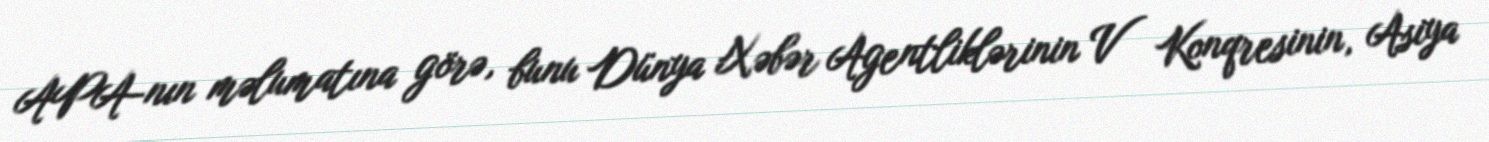
APA-nın məlumatına görə, bunu Dünya Xəbər Agentliklərinin V Konqresinin, Asiya